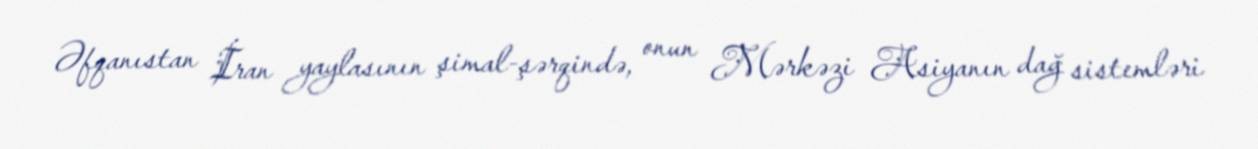
Əfqanıstan İran yaylasının şimal-şərqində, onun Mərkəzi Asiyanın dağ sistemləri